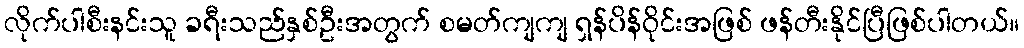
လိုက်ပါစီးနင်းသူ ခရီးသည်နှစ်ဦးအတွက် စမတ်ကျကျ ရှန်ပိန်ဝိုင်းအဖြစ် ဖန်တီးနိုင်ပြီဖြစ်ပါတယ်။